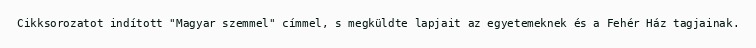
Cikksorozatot indított "Magyar szemmel" címmel, s megküldte lapjait az egyetemeknek és a Fehér Ház tagjainak.